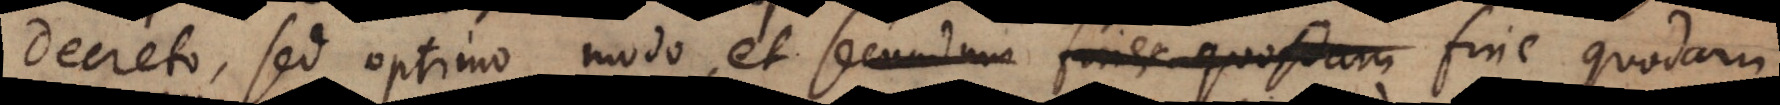
decreto, sed optimo modo, et secundum fines quosdam fine quodam